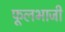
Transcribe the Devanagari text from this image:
फूलभाजी